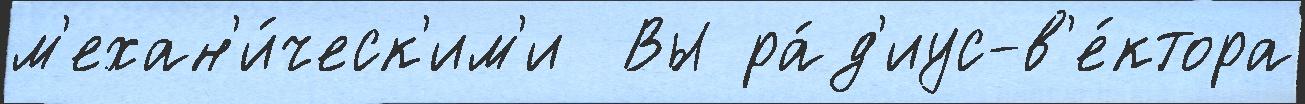
м'ехан'и́ческ'им'и  Вы ра́д'иус-в'е́ктора